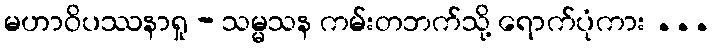
မဟာဝိပဿနာရှု - သမ္မသန ကမ်းတဘက်သို့ ရောက်ပုံကား ...